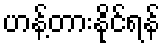
ဟန့်တားနိုင်ရန်